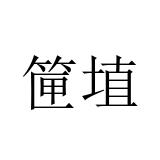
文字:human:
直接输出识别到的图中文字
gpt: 筪埴